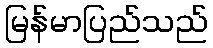
မြန်မာပြည်သည်